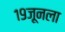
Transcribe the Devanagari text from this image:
१९जूनला